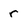
Character: r